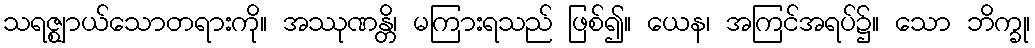
သရဇ္ဈာယ်သောတရားကို။ အဿုဏန္တိ၊ မကြားရသည် ဖြစ်၍။ ယေန၊ အကြင်အရပ်၌။ သော ဘိက္ခု၊